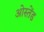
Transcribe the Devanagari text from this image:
ओस्तेंड